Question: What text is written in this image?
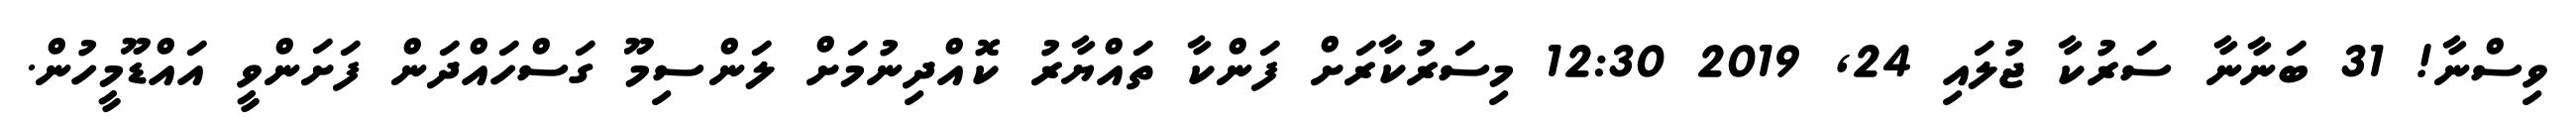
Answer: ވިސްނާ! 31 ބަނާނާ ސަރުކާ ޖުލައި 24, 2019 12:30 މިސަރުކާރަށް ފަންކާ ތައްޔާރު ކޮއްދިނުމަށް ލަންސިމޫ ގަސްހައްދަން ފަށަންވީ އައްޑޫމީހުން.